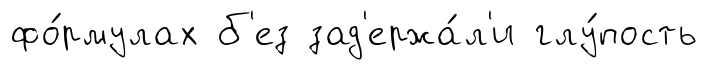
фо́рмулах б'ез зад'ержа́л'и глу́пость